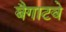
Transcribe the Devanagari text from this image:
बैगाटवे